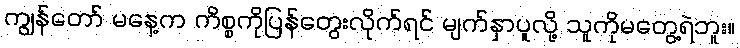
ကျွန်တော် မနေ့က ကိစ္စကိုပြန်တွေးလိုက်ရင် မျက်နှာပူလို့ သူကိုမတွေ့ရဲဘူး။